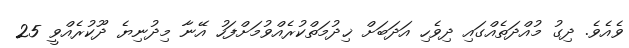
ވެއެވެ. ދިގު މުއްދަތެއްގައި ދިވެހި އަދަބަށް ޚިދުމަތްކުރެއްވުމަށްފަހު އޭނާ މިދުނިޔެ ދޫކުރެއްވީ 25